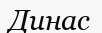
Динас